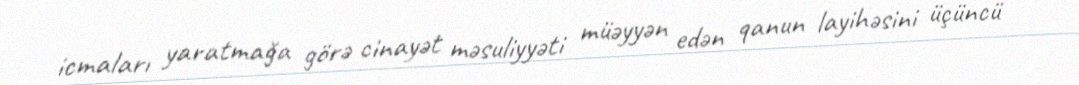
icmaları yaratmağa görə cinayət məsuliyyəti müəyyən edən qanun layihəsini üçüncü